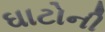
ઘાટોની